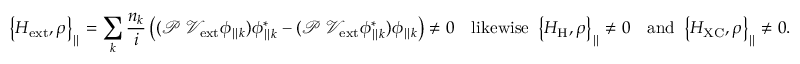
\left\{ H _ { \mathrm { e x t } } , \rho \right\} _ { \parallel } = \sum _ { k } { \frac { n _ { k } } { i } \left( ( \mathcal { P } \ \mathcal { V } _ { \mathrm { e x t } } \phi _ { \parallel k } ) \phi _ { \parallel k } ^ { * } - ( \mathcal { P } \ \mathcal { V } _ { \mathrm { e x t } } \phi _ { \parallel k } ^ { * } ) \phi _ { \parallel k } \right) } \neq 0 \quad \mathrm { l i k e w i s e } \ \left\{ H _ { \mathrm { H } } , \rho \right\} _ { \parallel } \neq 0 \quad \mathrm { a n d } \ \left\{ H _ { \mathrm { X C } } , \rho \right\} _ { \parallel } \neq 0 .